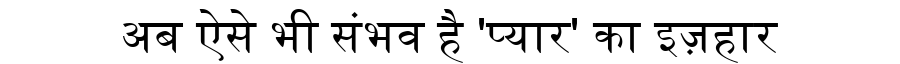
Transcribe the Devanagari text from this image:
अब ऐसे भी संभव है 'प्यार' का इज़हार